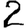
Digit: 2